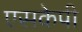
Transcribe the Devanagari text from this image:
एसकेपी